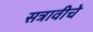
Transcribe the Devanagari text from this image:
सत्रावीचे